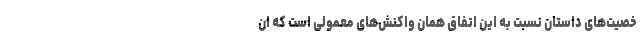
خصیت‌های داستان نسبت به این اتفاق همان واکنش‌های معمولی است که ان